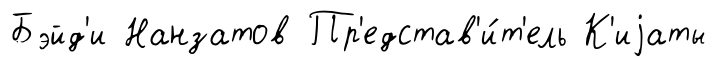
Бэйд'и Нанзатов Пр'едстав'и́т'ель К'иjаты